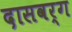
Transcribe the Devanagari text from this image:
दासवर्ग